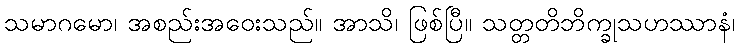
သမာဂမော၊ အစည်းအဝေးသည်။ အာသိ၊ ဖြစ်ပြီ။ သတ္တတိဘိက္ခုသဟဿာနံ၊